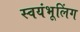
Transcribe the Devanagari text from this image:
स्वयंभूलिंग